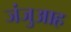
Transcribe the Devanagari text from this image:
जंजुआह